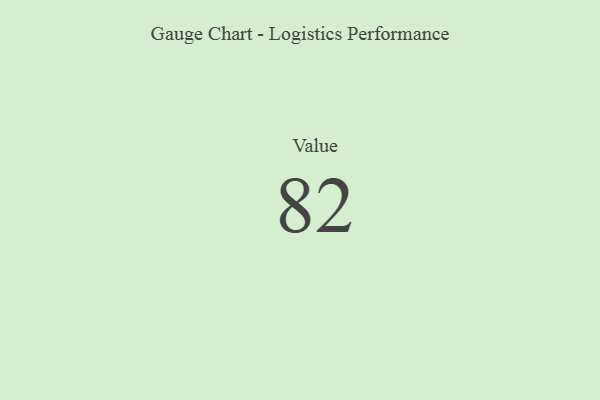
{"axis": {"x": "Metric", "y": "Value"}, "legend": [""], "data": [{"x": "Value", "y": 82, "type": ""}]}